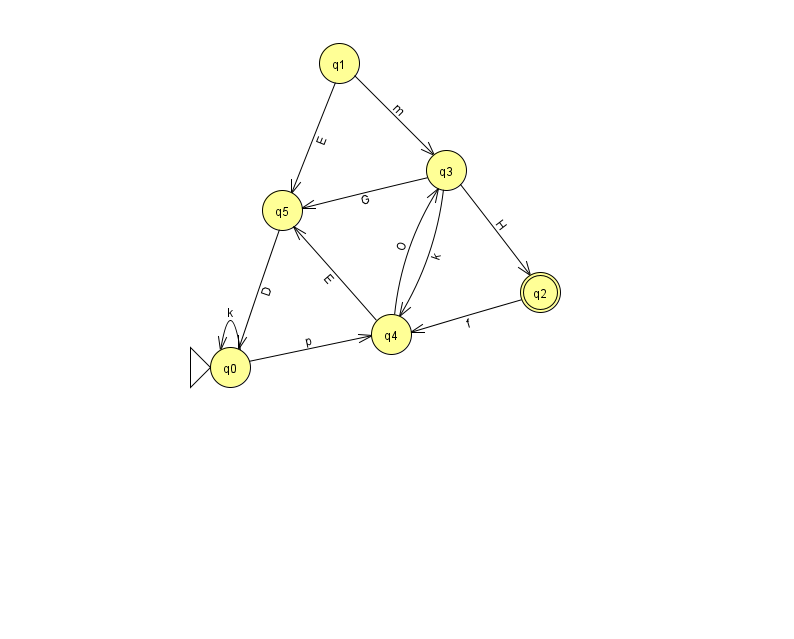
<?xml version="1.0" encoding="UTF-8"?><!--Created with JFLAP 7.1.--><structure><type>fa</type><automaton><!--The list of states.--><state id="0" name="q0"><x>230.0</x><y>354.0</y><initial/></state><state id="1" name="q1"><x>339.0</x><y>50.0</y></state><state id="2" name="q2"><x>540.0</x><y>279.0</y><final/></state><state id="3" name="q3"><x>446.0</x><y>157.0</y></state><state id="4" name="q4"><x>391.0</x><y>321.0</y></state><state id="5" name="q5"><x>282.0</x><y>197.0</y></state><!--The list of transitions.--><transition><from>3</from><to>5</to><read>G</read></transition><transition><from>5</from><to>0</to><read>D</read></transition><transition><from>1</from><to>3</to><read>m</read></transition><transition><from>3</from><to>4</to><read>k</read></transition><transition><from>4</from><to>3</to><read>O</read></transition><transition><from>4</from><to>5</to><read>E</read></transition><transition><from>0</from><to>0</to><read>k</read></transition><transition><from>0</from><to>4</to><read>p</read></transition><transition><from>2</from><to>4</to><read>f</read></transition><transition><from>3</from><to>2</to><read>H</read></transition><transition><from>1</from><to>5</to><read>E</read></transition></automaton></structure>